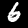
Digit: 6